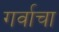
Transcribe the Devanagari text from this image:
गर्वाचा